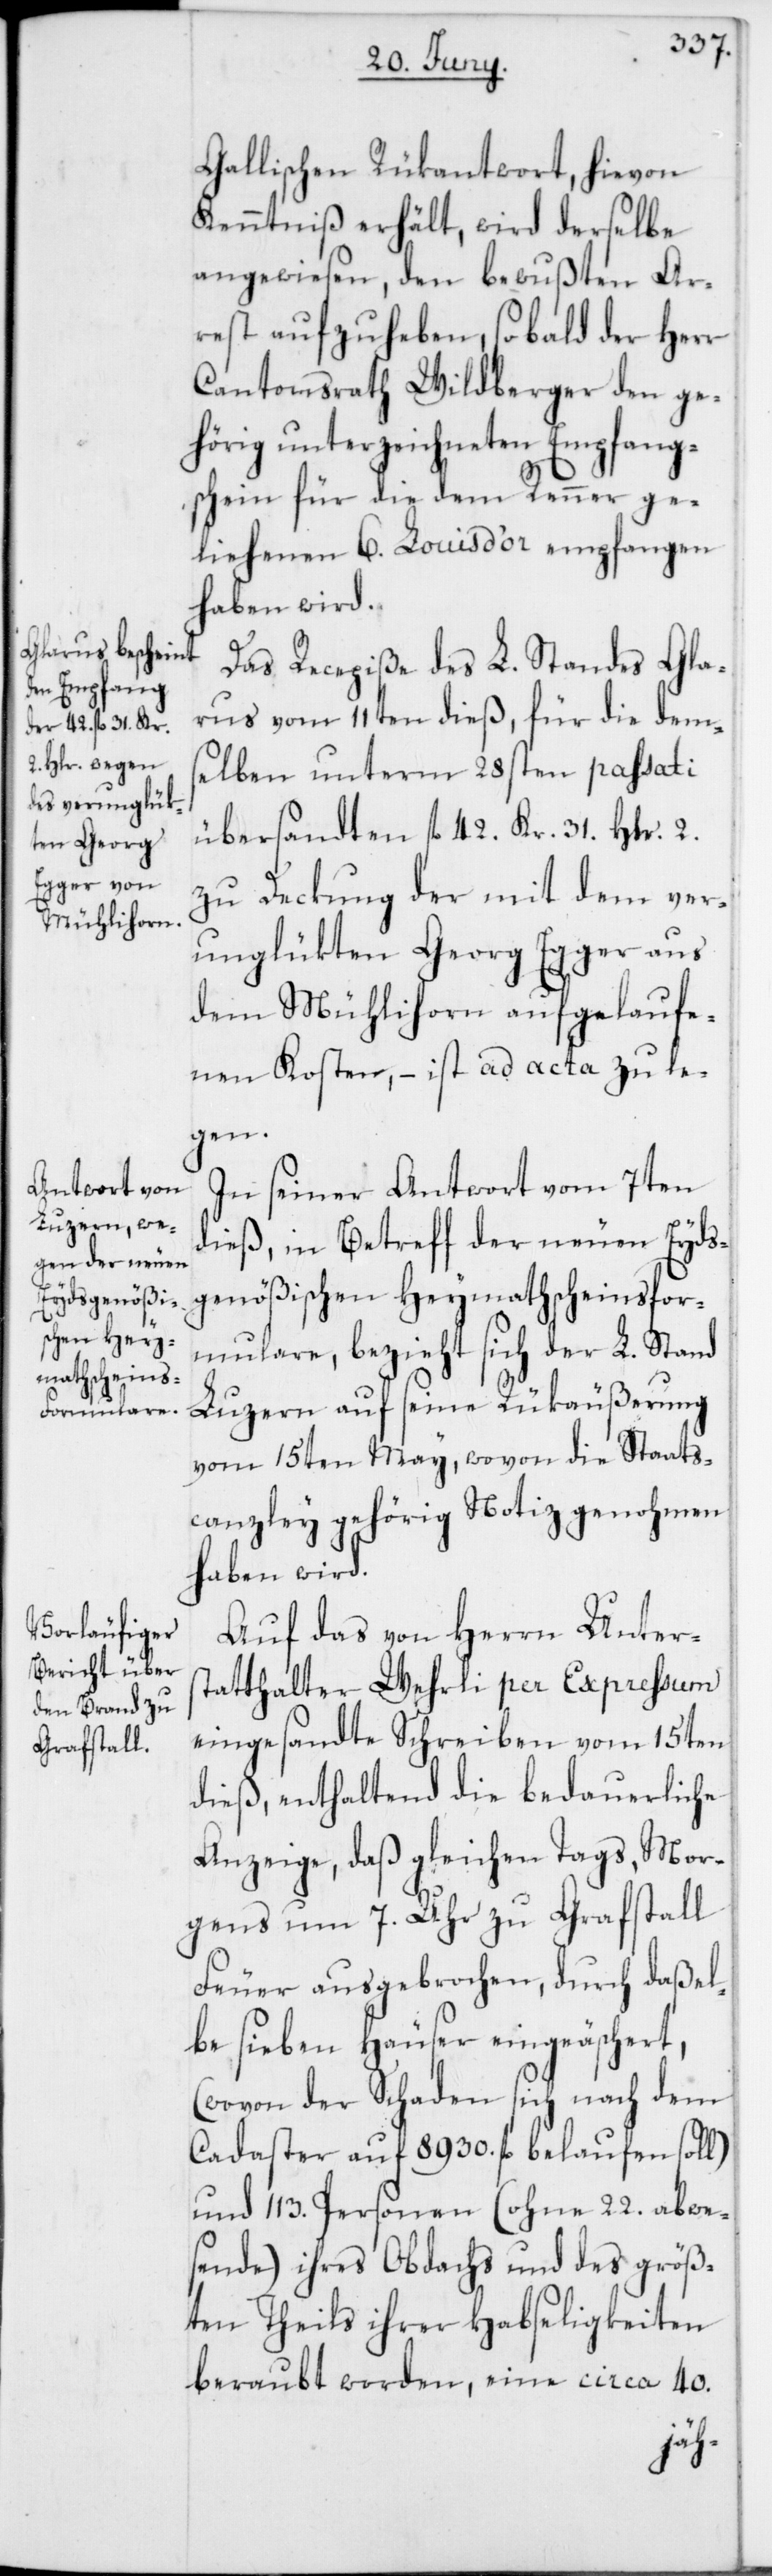
Gallischen Rükantwort, hievon
Kenntniß erhält, wird derselbe
angewiesen, den bewußten Ar¬
rest aufzuheben, so bald der Herr
Cantonsrath Wildberger den ge¬
hörig unterzeichneten Empfang¬
schein für die dem Renner ge¬
liehenen 6. Louis d’or empfangen
haben wird.
Das Recepiße des L. Standes Gla¬
rus vom 11ten dieß, für die dem¬
selben unterm 28sten passati
ubersandten fl 42. Kr. 31. Hlr. 2.
zu Deckung der mit dem ver¬
unglükten Georg Egger aus
dem Mühlihorn aufgelaufe¬
nen Kosten, – ist ad acta zu le¬
gen.
In seiner Antwort vom 7ten
dieß, in Betreff der neuen Eyds¬
genößischen Heymathscheinsfor¬
mulare, bezieht sich der L. Stand
Luzern auf seine Rükäußerung
vom 15ten May, wovon die Staats¬
canzley gehörig Notiz genohmen
haben wird.
Auf das von Herrn Unters¬
tatthalter Wehrli per Expreßum
eingesandte Schreiben vom 15ten
dieß, enthaltend die bedauerliche
Anzeige, daß gleichen Tags, Mor¬
gens um 7. Uhr zu Grafstall
Feuer ausgebrochen, durch daßel¬
be sieben Häuser eingeäschert,
(wovon der Schaden sich nach dem
Cadaster auf 8930. fl belaufen soll),
und 113. Personen (ohne 22. abwe¬
sende) ihres Obdachs und des größ¬
ten Theils ihrer Habseligkeiten
beraubt worden, eine circa 40.